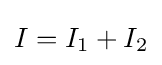
I=I_{1}+I_{2}